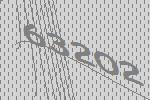
63202